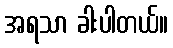
အရသာ ခါးပါတယ်။